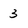
Character: 3